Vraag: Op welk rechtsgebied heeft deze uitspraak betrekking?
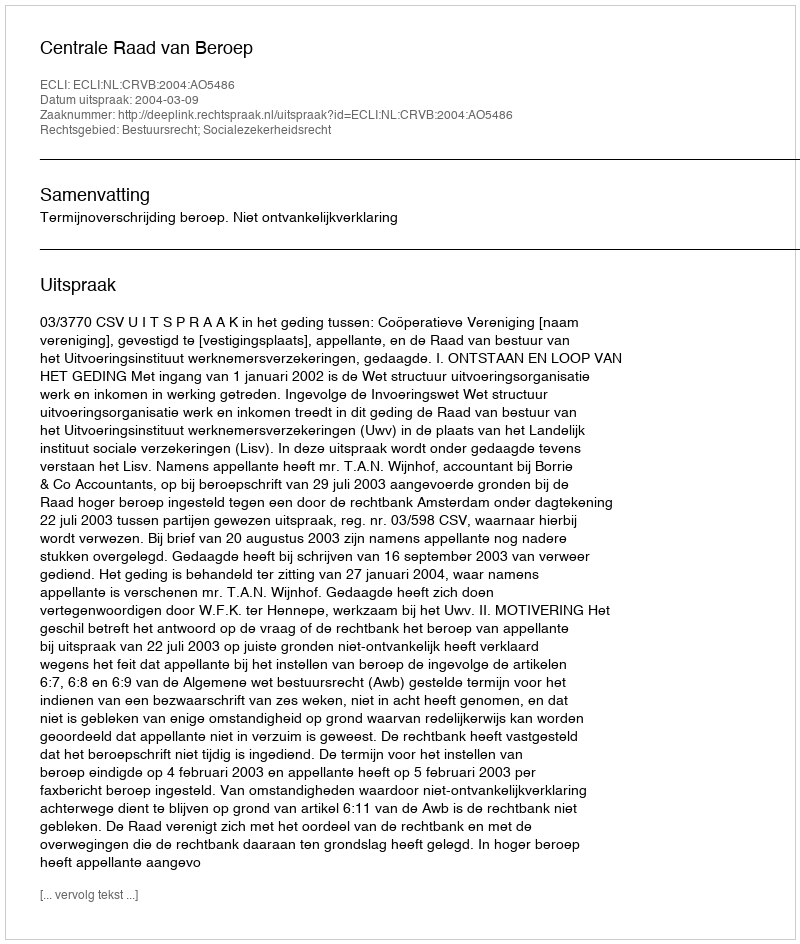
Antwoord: Bestuursrecht; Socialezekerheidsrecht